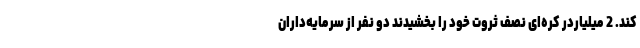
کند. 2 میلیاردر کره‌ای نصف ثروت خود را بخشیدند دو نفر از سرمایه‌داران